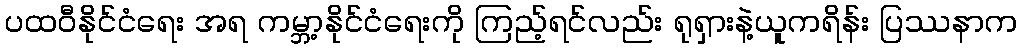
ပထဝီနိုင်ငံရေး အရ ကမ္ဘာ့နိုင်ငံရေးကို ကြည့်ရင်လည်း ရုရှားနဲ့ယူကရိန်း ပြဿနာက